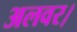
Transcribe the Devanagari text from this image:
अलवर।